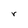
Character: r